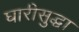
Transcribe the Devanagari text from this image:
घारीसुद्धा